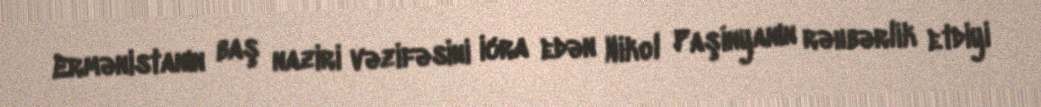
Ermənistanın baş naziri vəzifəsini icra edən Nikol Paşinyanın rəhbərlik etdiyi